38_143685_box_Incident_Summaries_173-233
Agency: Department of War
Page 95
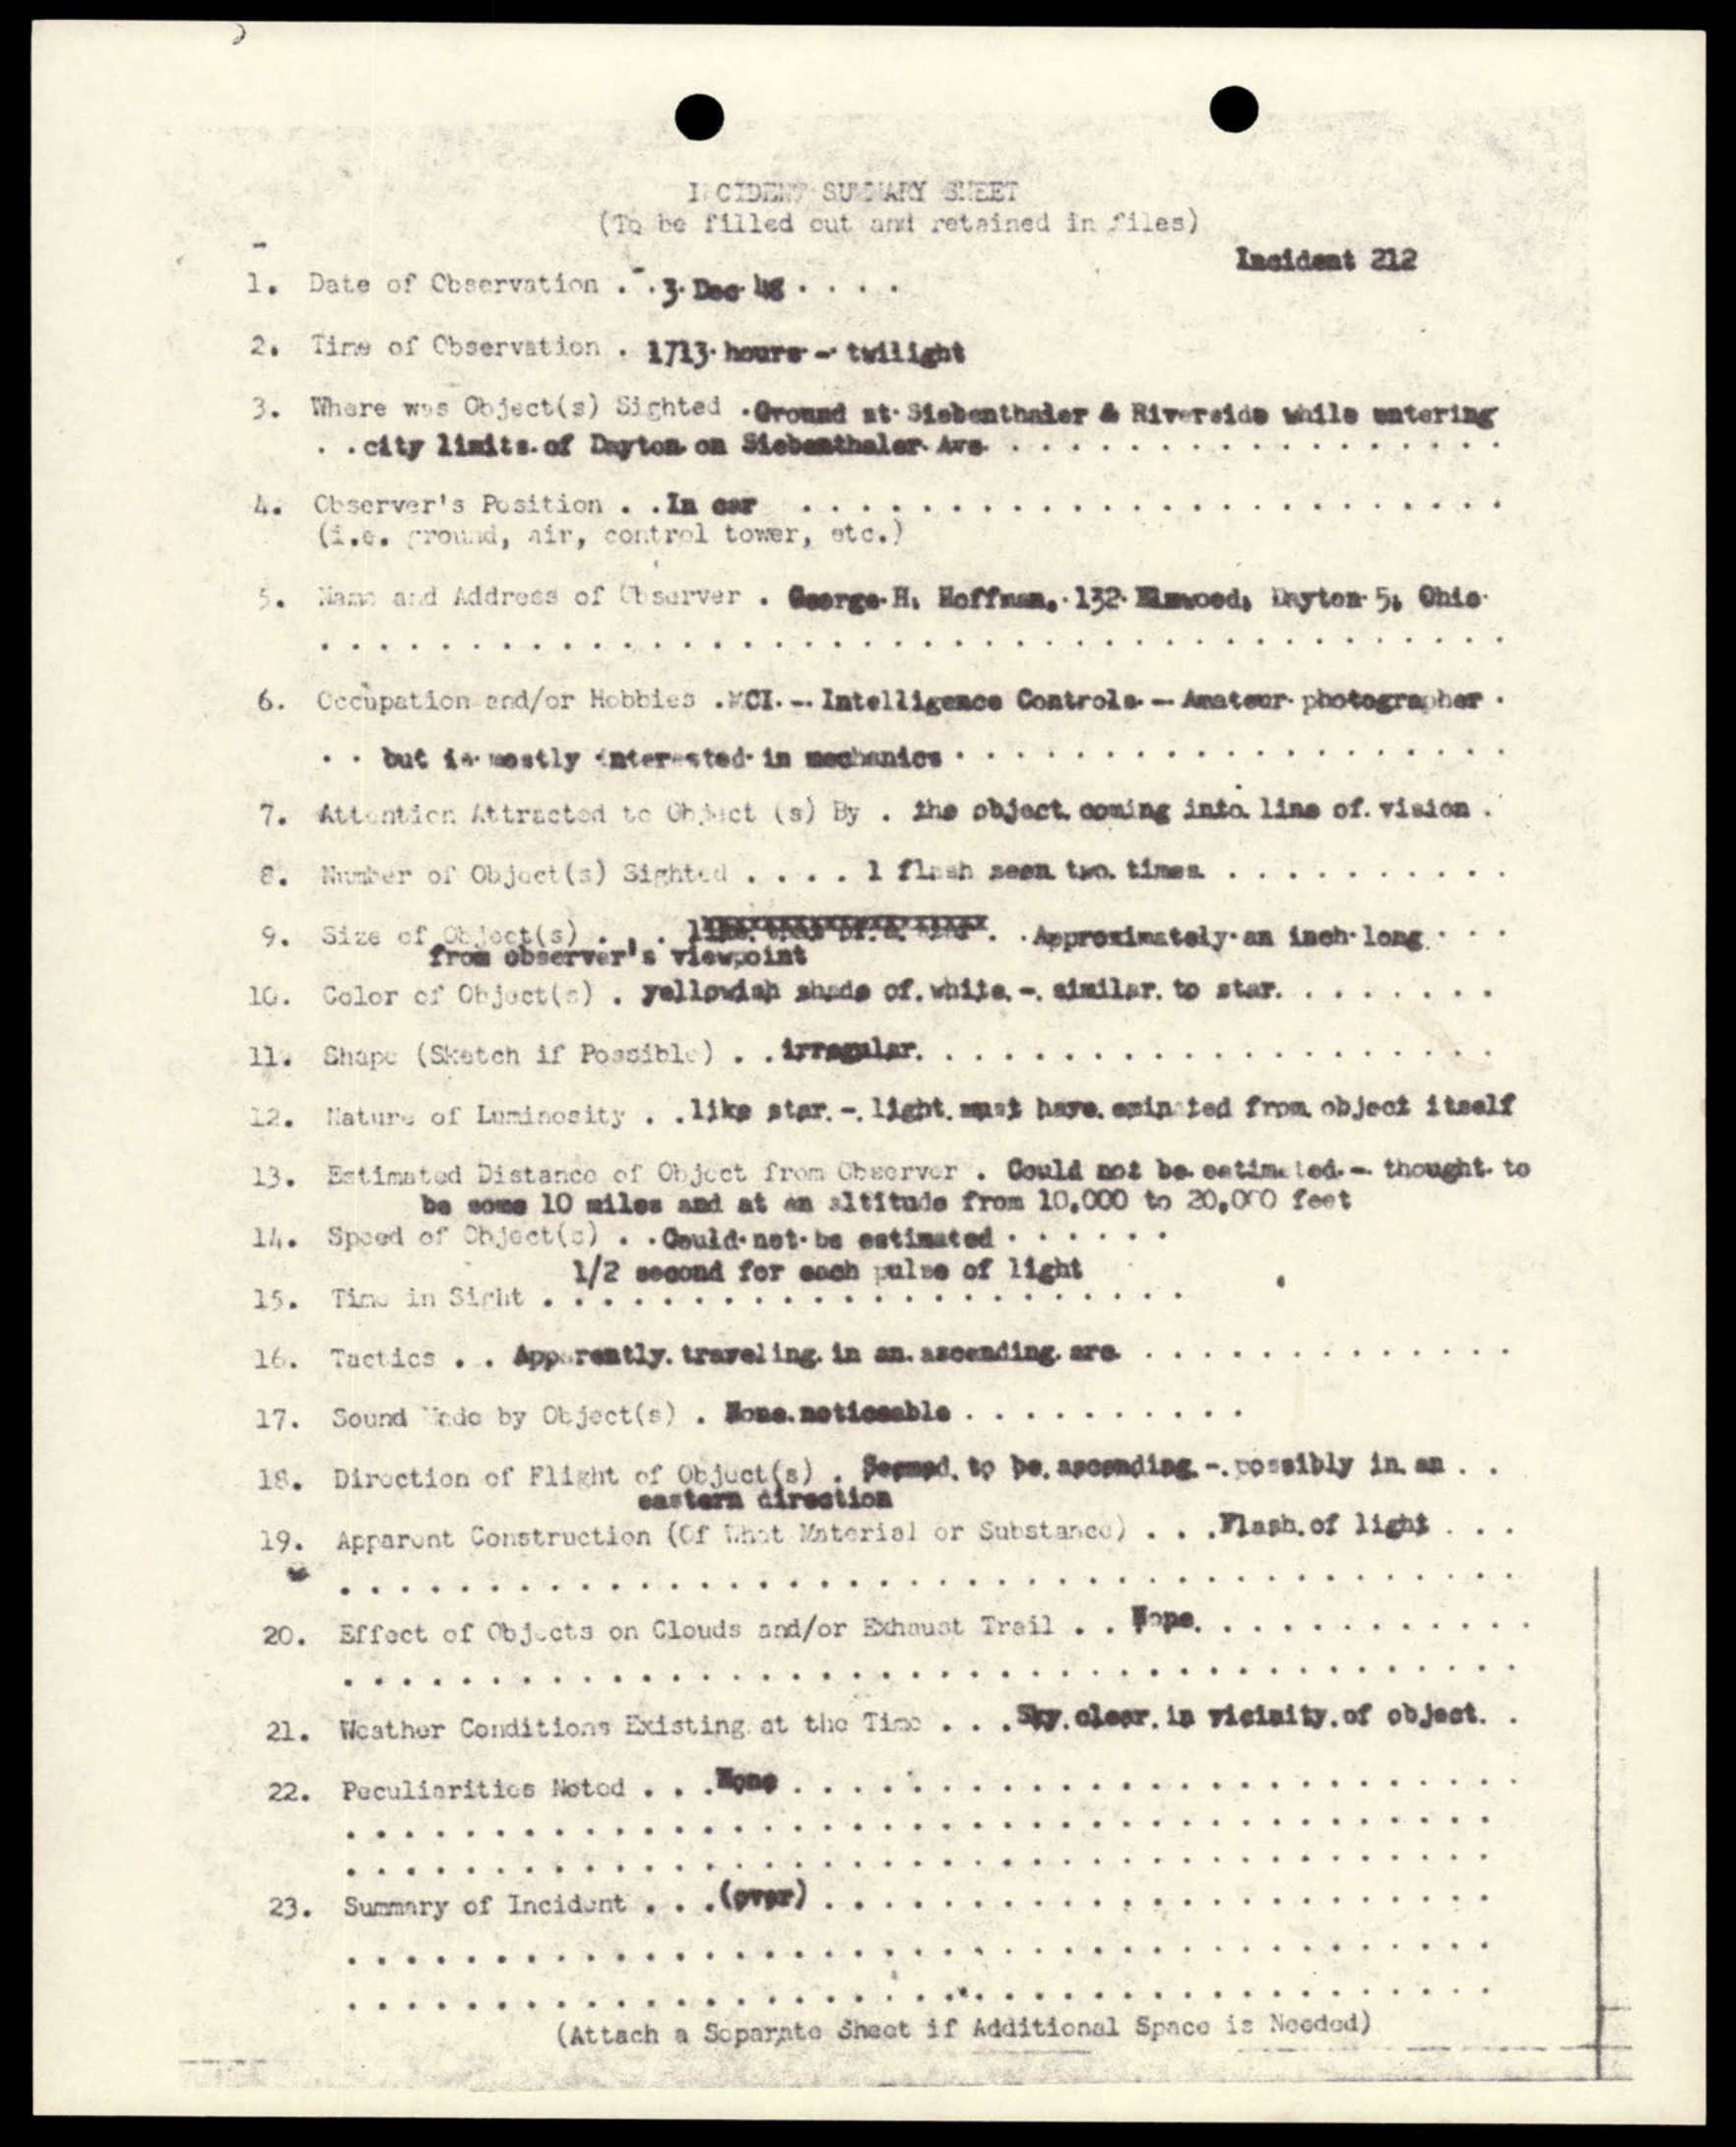